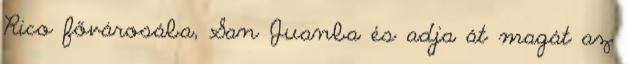
Rico fővárosába, San Juanba és adja át magát az